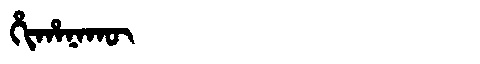
Manchu: ᡥᡳᡥᠠᠨᠠᡴᡡ
Romanization: HIHANAKŪ